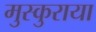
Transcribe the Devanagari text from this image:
मुस्कुराया